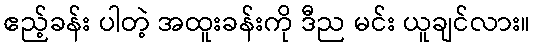
ဧည့်ခန်း ပါတဲ့ အထူးခန်းကို ဒီည မင်း ယူချင်လား။